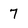
Character: 7